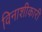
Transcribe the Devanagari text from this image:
विनाशीकारी